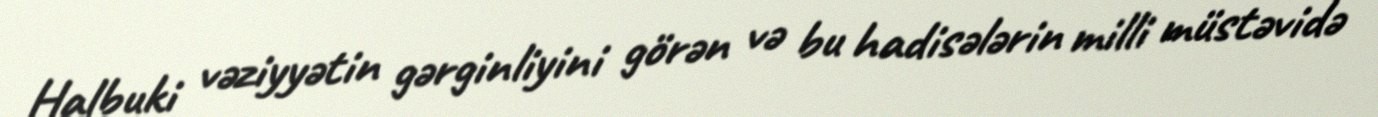
Halbuki vəziyyətin gərginliyini görən və bu hadisələrin milli müstəvidə